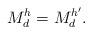
LaTeX: \begin{align*}M_d^h=M_d^{h'}.\end{align*}